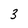
Character: 3